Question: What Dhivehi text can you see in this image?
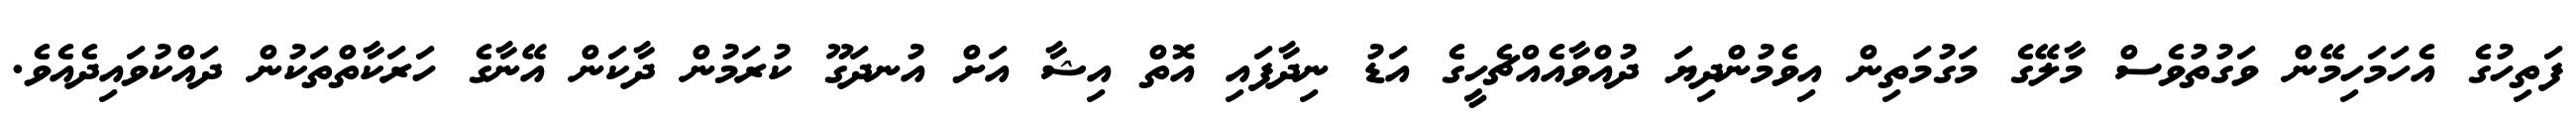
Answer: ފަތިހުގެ އެހަމަހިމޭން ވަގުތުވެސް މާލޭގެ މަގުމަތިން އިވެމުންދިޔަ ދުއްވާއެއްޗެހީގެ އަޑު ނިދާފައި އޮތް އިޝާ އަށް އުނދަގޫ ކުރަމުން ދާކަން އޭނާގެ ހަރަކާތްތަކުން ދައްކުވައިދެއެވެ.